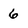
Character: 6